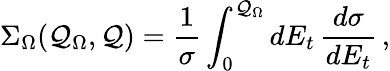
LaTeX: \Sigma_{\Omega}(\mathcal{Q}_{\Omega},\mathcal{Q})=\frac{1}{\sigma}\int_{0}^{\mathcal{Q}_{\Omega}}dE_{t}\, \frac{{d\sigma}}{{dE_{t}}}\, ,